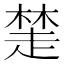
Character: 𧼖